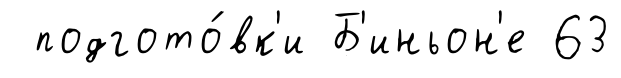
подгото́вк'и Б'иньон'е 63